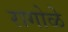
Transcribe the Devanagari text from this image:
रागोळे